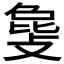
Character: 𫿅